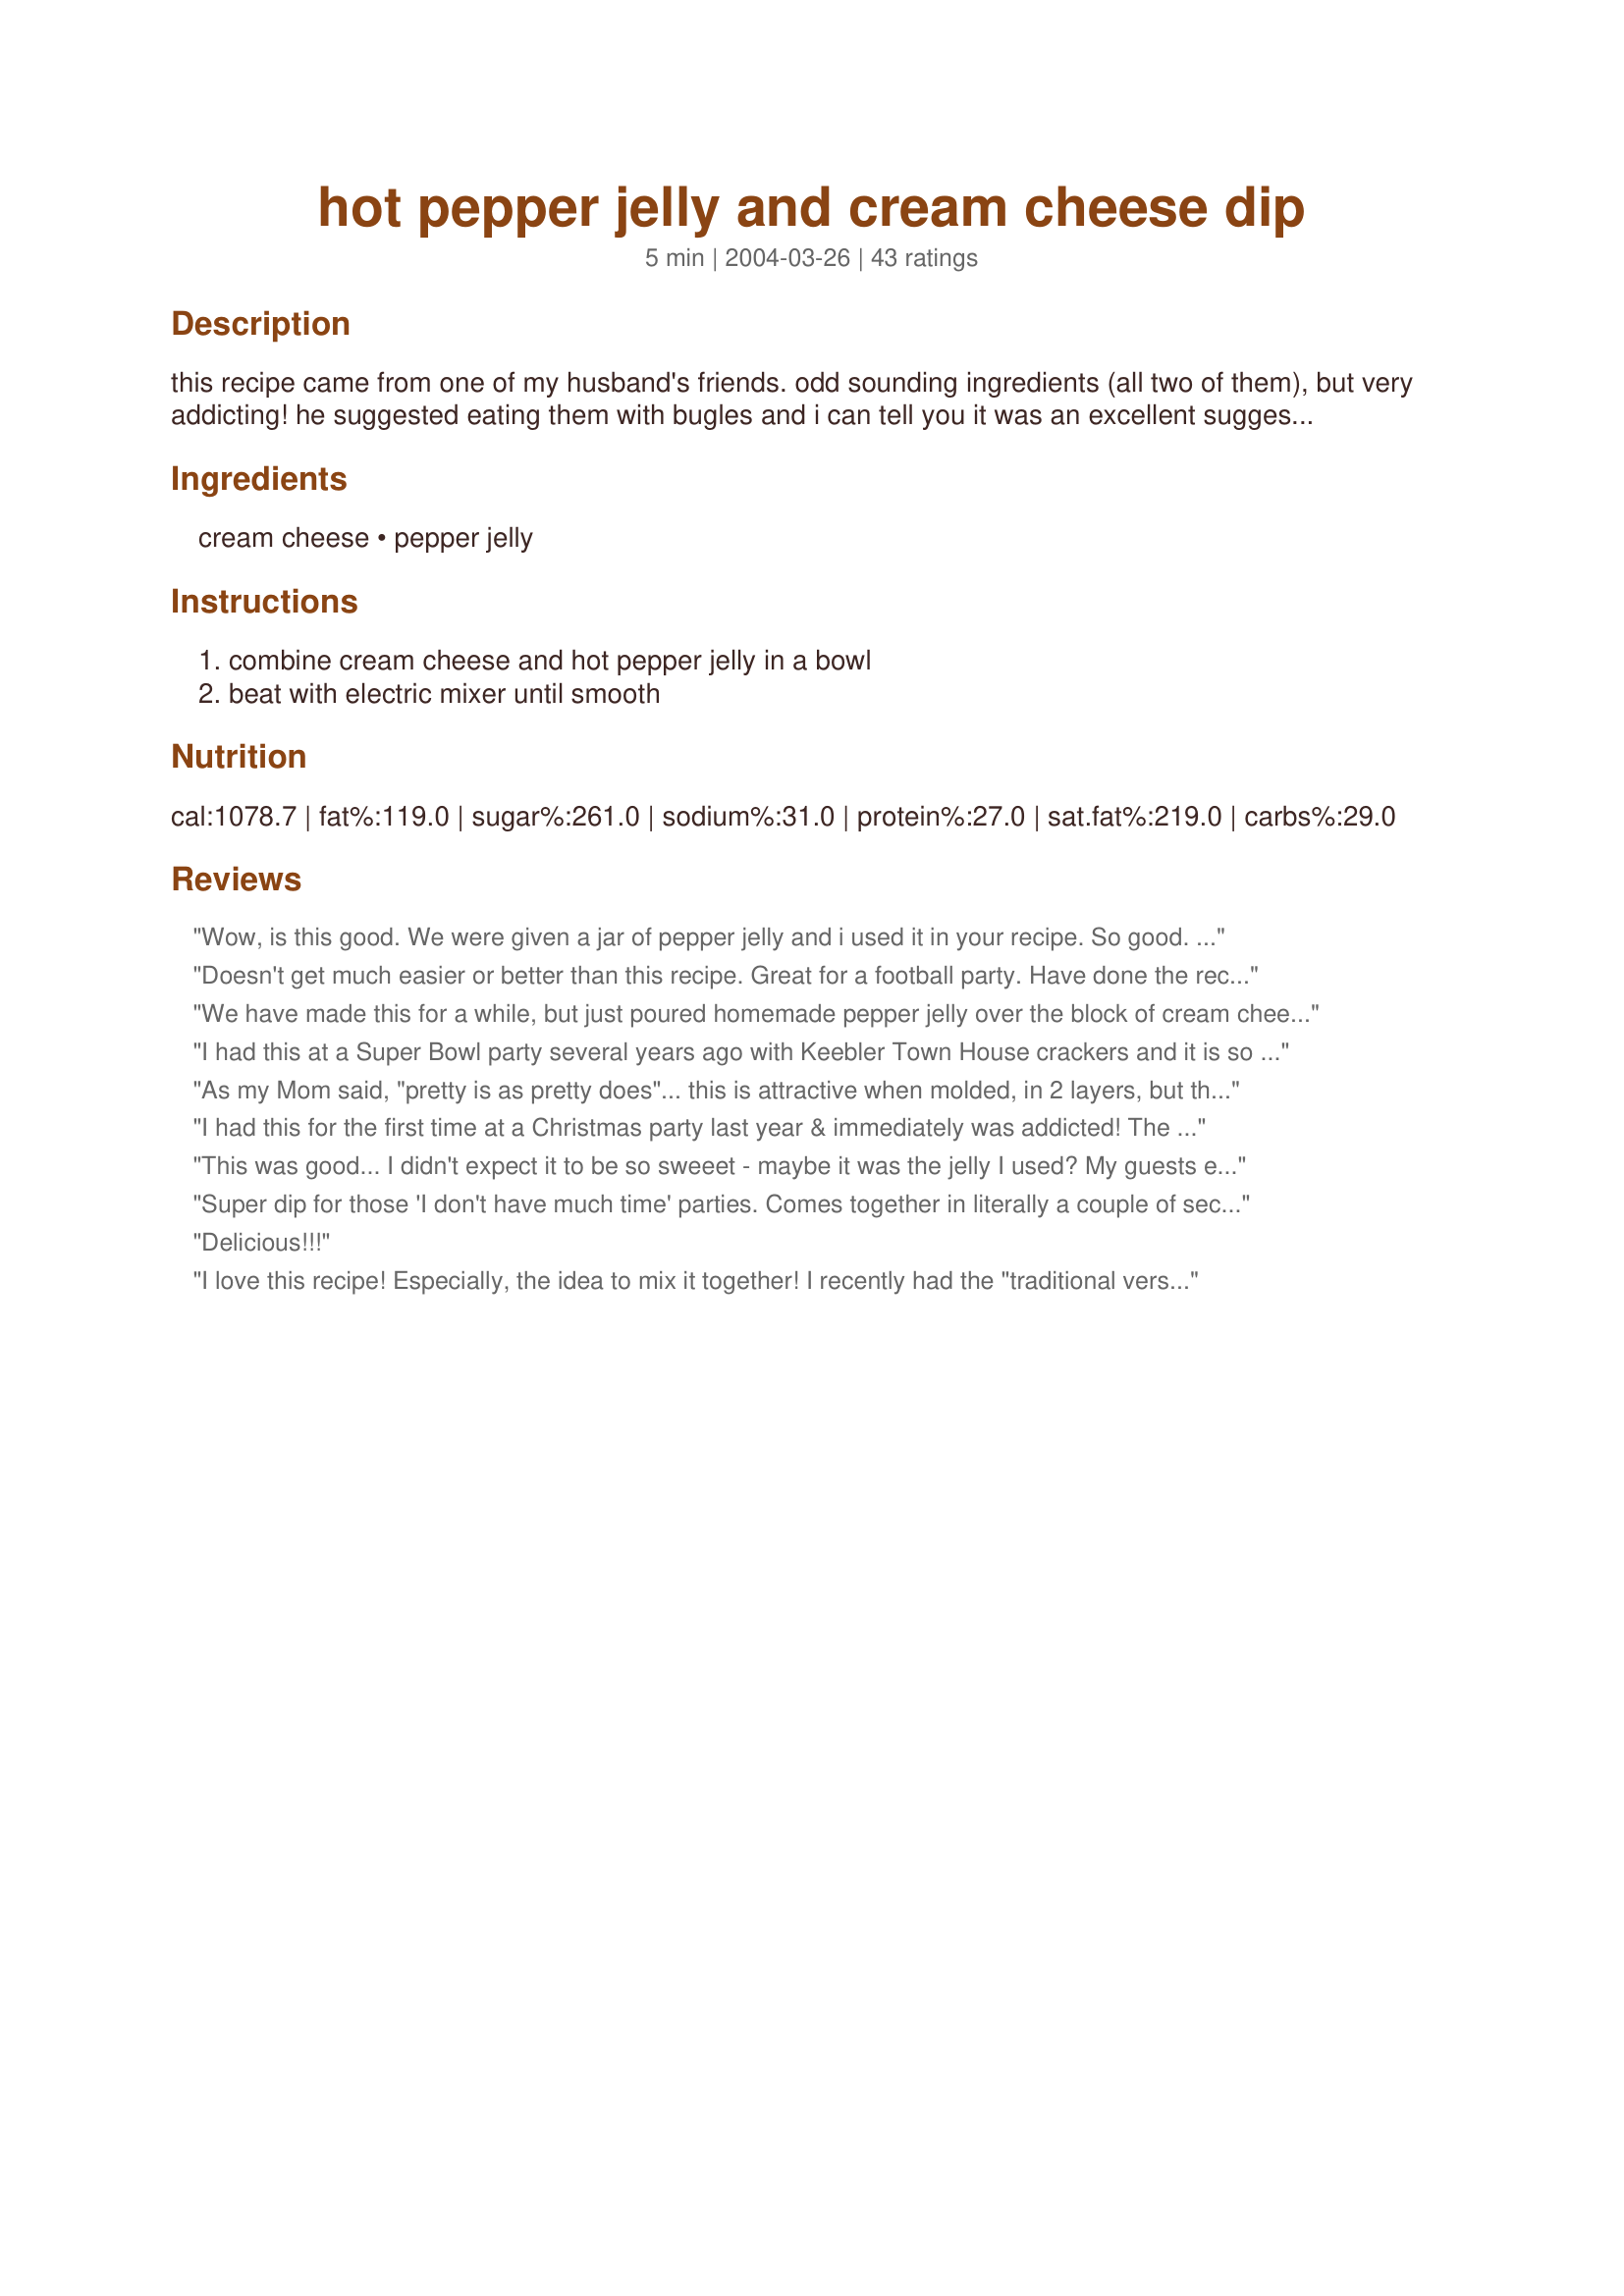
hot pepper jelly and cream cheese dip
Preparation time: 5 minutes

this recipe came from one of my husband's friends. odd sounding ingredients (all two of them), but very addicting! he suggested eating them with bugles and i can tell you it was an excellent suggestion. sweet from the jelly, creamy from the cheese, and a little bite from the pepper. mmmmmmm.

Ingredients:
cream cheese, pepper jelly

Steps:
combine cream cheese and hot pepper jelly in a bowl, beat with electric mixer until smooth

Reviews:
Wow, is this good. We were given a jar of pepper jelly and i used it in your recipe. So good. Its almost like a dessert dip, with a bit of sweetness to it, yet heat from thepeppers. Thank you for sharing with us.
Doesn't get much easier or better than this recipe. Great for a football party. Have done the recipe where you pour pepper jelly over cream cheese and it was okay but this recipe with mixing the two was much better. A little sweet, a little spicy. Perfection!
We have made this for a while, but just poured homemade pepper jelly over the block of cream cheese. Not a very pretty presentation. This would be a lot better, can't wait to try it. I had to be convinced to try it because it sounds so strange. We don't make this unless there are going to be a lot of people around, otherwise we will eat it all.
I had this at a Super Bowl party several years ago with Keebler Town House crackers and it is so easy and delicious! I had a hard time staying away from it! Thank you for sharing.
As my Mom said, "pretty is as pretty does"... this is attractive when molded, in 2 layers, but the flavors really meld better when simply mixed together! Love the Bugles with it- and also Tostitos Scoops!
I had this for the first time at a Christmas party last year & immediately was addicted! The combo sounds strange but is really incredibly good. None of us could guess what was in it either. The perfect quick & easy dish that is a huge success.
This was good... I didn't expect it to be so sweeet - maybe it was the jelly I used? My guests enjoyed it too! Thanks Wildhorse!
Super dip for those 'I don't have much time' parties. Comes together in literally a couple of seconds and goes great with potato chips, veggies or whatever you have on the table.
Delicious!!!
I love this recipe! Especially, the idea to mix it together! I recently had the "traditional version" (cream cheese on bottom of dish, pepper jelly poured on top) for the first time at a holiday party. I really enjoyed the taste but I found the hard way that the jelly would "slide" off the cream cheese, thus causing quite a stain on a shirt or blouse. The hostess had a variety of crackers on the side, I preferred the Triscut.
I made this and mixed part of the jelly with the cream cheese and made a mound of cheese on a plate and poured the rest of the jelly over it. I served it with Corn chips and this was really good.
I have had this many times, but the pepper jelly was always just poured over the top of the cream cheese, similar to what Shimmerchk posted. Prepared this way certainly evens out the flavor and makes serving it much easier! It tastes wonderful and is so easy!
You&#039;re hungry? Oh, save your breath, I know what you want. Here, try this!
I love this easy and attractive dip and have made it for every pary or get together I have had for the last few years. To make this more festive I use a star or heart-shaped mold with a removeable bottom and spread softened cream cheese into it. Then top with the jar of hot pepper jelly and refrigerate for a few hours or over night. When you unmold it looks really nice and the taste combo can't be beat!
Yummy! I made my own hot pepper jelly (#35699) using jalepenos from my garden. This was an easy way to serve the jelly to guests and much easier than putting the jelly on the cream cheese. Thanks for sharing this great appetizer recipe :)
How easy can you get? This is really tasty, and goes over, at my house, better than spooning the jelly over a block of cream cheese. Thanks for posting.
We liked it! Made this last night with apricot jalapeno jelly and served with snap peas and crackers. I mixed it with my little food processor. It was just a bit sweet for our tastes but I liked it with the crackers. Thanks for posting. Please see my rating system as I rate tougher than most.
Don't mix this together. Put a softened block of cream cheese on a dish and cover with the pepper jelly. Put a few spreaders nearby just in case the block isn't soft enough. I prefer to serve this with wheat thins.
Very good and very simple. Blending the jelly and cream cheese makes it easier and neater to serve.
I have never mixed the two ingredients up before...It was good but I used too hot of a jelly for my taste...
Awesome! I made this with raspberry chipotle sauce instead of the jelly and it was so good. I also just added the sauce until I liked the taste.
Simple. Tasty. GONE!! I served this dip with a variety of crackers at a recent tail-gate party. The guys, the gals, and the kids raved. My dip had a larger portion of the jelly since I had a 10 oz. jar and guestimated the amount put with the cream cheese. The higher jelly content did not make the dip too "hot".
Wow, 10 stars in my books. Great tasting, incredibly easy and simple dip. Goes with anything, I suppose, we had it with onion rings.
I did add a little salt, though, for the onion rings where not very salty.
I have served this flavor combo for several years now. I like to spread cream cheese on to a ritz cracker and the add a dollop of hot pepper jelly. The taste is out of this world. I have never thought of serving mixed together in a dip, it's always been my little midnight snack! I can't wait to give it a try. Thanks for the suggestion!
We liked this a lot. It reminds me of a recipe I have where you put the jelly over the top of the brick of cream cheese. I used a Knott's Berry Farm green jalapeno jelly. This particular jelly doesn't have the heat I like so I added some red pepper flakes (about 1/2 tsp) to give it more of a kick. It was just what it needed.
I couldn't be more pleased with this easy appetizer! What's not to like with 2 ingredients? I used my homemade pepper jelly and mixed it with the cream cheese and put it on some Wheat Thins.....yummy! Thanks for a quick and easy dish that will be a favourite of mine in the future!
My sister in-law made this for a dinner party, there was none left! Very easy to make. Thanks for posting.
This is one of my favorite dips! I use Harry & David's Sweet-N-Hot Pepper Relish.
I served this at my Christmas party last week. I used some haberano peach jam that we had gotten for a gift some time during the year. Our guests loved it!. Thanks for posting.
Awesome simple recipe. I often just open the Cream Cheese and place it on a plate and pour the Jelly on top. The presentation is nice and it is just as tasty. Simply add more Jelly as needed. I serve with Ritz Crackers. Always a hit. It is also great using Jezebel Sauce (you can find a recipe on here) rather than Pepper Jelly.
Again...sounds great and I will make some.
I've made this many times for parties and its always a big hit! I make it as written except I don't mix the jelly into the cream cheese...I just pour the jelly ontop! This is a must try! I added my photo!
This is one of those "DUH! Why didn't I think of that??" recipes! We've been putting cream cheese and pepper jelly on crackers (preferably wheat thins) for years but this is so much easier. One note though, the pepper jelly that I picked up for this (Knott's Jalapeno) didn't have a lot of flavor so I should have used more jelly. I would advise tasting the mixture on a cracker before serving to decide if it needs more jelly or more cream cheese. Thank you wildhorse for sharing!
I grew up doing the cream cheese with the pepper jelly spread on top, but this is much better! Very simple and easy. Thanks wildhorse for posting!
I have been using hot pepper jelly for the past few years but the combination of cream cheese with it just adds pizazz and excellance.
Love this! I bought the jelly at a shop at Kitchen Kettle Village in Lancaster, PA while visiting recently and they give out samples of this. Boy, does it sell a ton of jelly. I like mine on Triscuit crackers.
I made this for a Superbowl party. I used jalapeno jelly. Someone else, coincidentally, had brought one of the more traditional serving methods of using the block of cream cheese with the jelly poured over it on a platter with crackers. That one got eaten...mine did not. I think the jelly kind of loses its punch when it is blended like this, unfortunately. I tasted the other one and I have to say I preferred it also. Everyone ate the Bugles though! Sorry...I just didn't care for this recipe.
I made this for our Christmas Eve gathering and served it with large Wheat Thins and Ritz crackers. It was a big hit with my sister and me, but no one else would eat it, because they didn't like the looks of it. My mom likes it when the pepper jelly is on top of the block of cream cheese. I thought this way was great, since it was already mixed together, which is much easier to eat and not as much mess. I'll be making it this way again for me and my sister when we get together. Thanks for the suggestion of mixing the two together. I happen to like the idea. (please excuse any typos. I'm typing blindly, because the review box is blocked by an add.
Delicious and quick appetizer! I am taking it to 4th of July party tomorrow. will serve with toasteds crackers. Thanks!
I made this for our Christmas Eve party. Every one really enjoyed it. Will be making this many more times I'm sure. Thanks for posting this recipe.
This stuff was pretty tasty and easy to make. I didn't realize that the jar of hot pepper jelly I bought wasn't 4 oz until it was too late so I had to remake the stuff as it turned out way too runny the first time (this is my fault though as I didn't read the instructions clearly nor the bottle of jelly). I used the red pepper jelly and it was very festive for my Christmas Eve party. I served this with snowflake shaped Ritz crackers. Thanks for posting!
This was good, but like the last reviewer I do think that it seems to be better when not mixed together. It made it much easier to mix together into a dip for me though. Thanks for posting.
I love this - the sweet, creamy flavor with a little kick. I always just pour the jelly over the block of cream cheese. I never thought of blending them into a dip. Very good idea. My favorite jelly to use is Harry and David's Pepper and Onion Relish, which has tomatoes, onions, and peppers.
